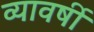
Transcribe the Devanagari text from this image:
व्यावर्षी